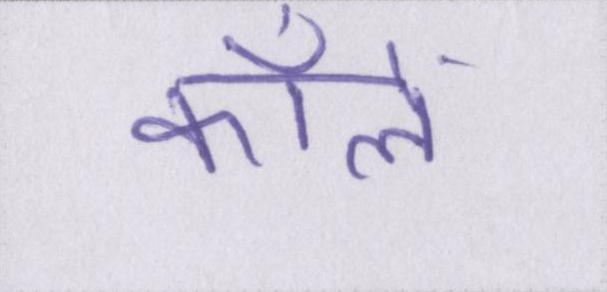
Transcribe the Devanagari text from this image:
कॉलें